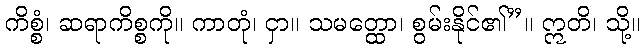
ကိစ္စံ၊ ဆရာကိစ္စကို။ ကာတုံ၊ ငှာ။ သမတ္ထော၊ စွမ်းနိုင်၏”။ ဣတိ၊ သို့။